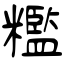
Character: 糮